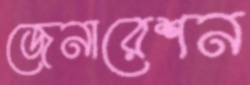
জেনারেশন